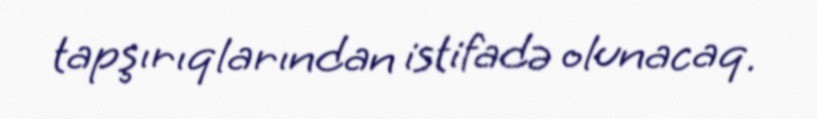
tapşırıqlarından istifadə olunacaq.